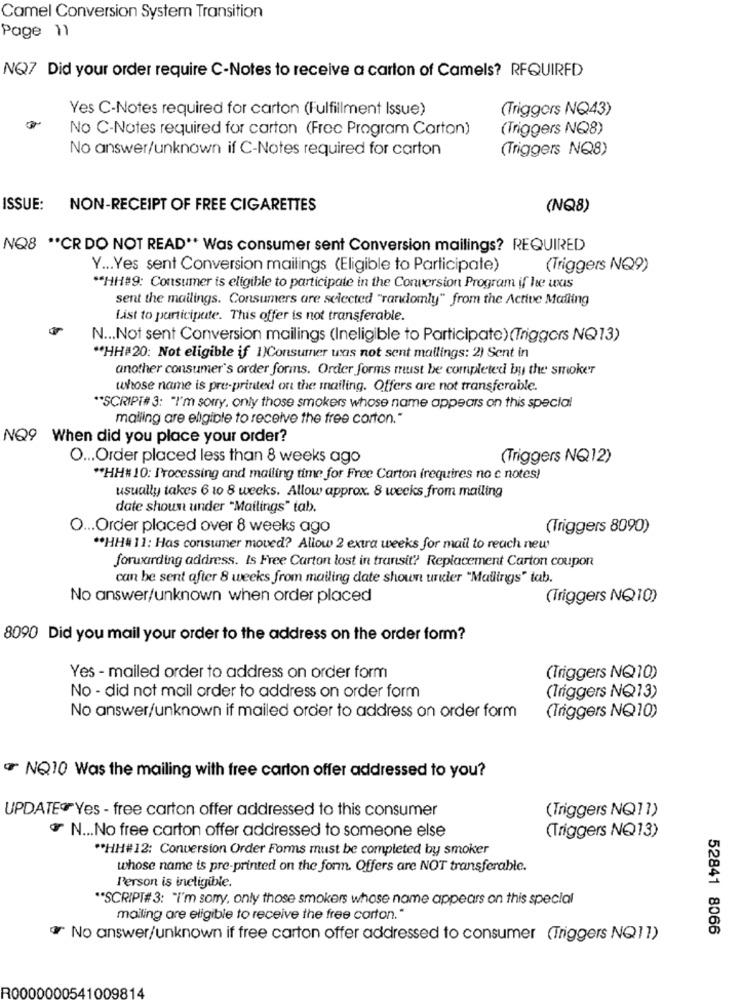
Camel Conversion System Transition
Page 11
NQ7 Did your order require C-Notes to receive a carton of Camels? REQUIRED
Yes C-Notes required for carton (Fulfillment Issue)
(Triggers NQ43)
No C-Notes required for carton (Frec Program Carton)
(Triggers NQ8)
No answer/unknown if C-Notes required for carton
(Triggers NQ8)
ISSUE:
NON-RECEIPT OF FREE CIGARETTES
(NQ8)
NQ8 ** CR DO NOT READ" Was consumer sent Conversion mailings? REQUIRED
Y ... Yes sent Conversion mailings (Eligible to Participate)
(Triggers NQ9)
** HH#9: Consumer is eligible to participate in the Conversion Program if he was
sent the mailings. Consumers are selected "randomly" from the Active Mailing
List to participate. This offer is not transferable.
N ... Not sent Conversion mailings (Ineligible to Participate) (Triggers NQ13)
"HH#20: Not eligible if 1)Consumer was not sent mailings: 2) Sent in
another consumer's order forms. Order forms must be completed by the smoker
whose name is pre-printed on the mailing. Offers are not transferable.
"SCRIPT# 3: "I'm sorry, only those smokers whose name appears on this special
maling are eligible to receive the free corton."
NQ9 When did you place your order?
O ... Order placed less than 8 weeks ago
(Triggers NQ12)
"HH# 10: Processing and mailing time for Free Carton (requires no c notes)
usually takes 6 10 8 weeks. Allow approx. 8 weeks from mailing
date shoun under "Mailings" tab.
O ... Order placed over 8 weeks ago
(Triggers 8090)
** HH# 11: Has consumer moved? Allow 2 extra weeks for mail to reach new
forwarding address. Is Free Carton lost in transit? Replacement Carton coupon
can be sent after 8 weeks from mailing date shown under "Mailings" tab.
No answer/unknown when order placed
(Triggers NQ10)
8090 Did you mail your order to the address on the order form?
Yes - mailed order to address on order form
(Triggers NQ10)
No - did not mail order to address on order form
(Triggers NQ13)
No answer/unknown if mailed order to address on order form
(Triggers NQ10)
NQ10 Was the mailing with free carton offer addressed to you?
UPDATE® Yes - free carton offer addressed to this consumer
(Triggers NQ11)
N ... No free carton offer addressed to someone else
(Triggers NQ13)
** HH#12: Conversion Order Forms must be completed by smoker
whose name is pre-printed on the form. Offers are NOT transferable.
Person is ineligible.
** SCRIPT# 3: "I'm sorry, only those smokers whose name appears on this special
mailing are eligible to receive the free carton."
52841 8066
ar No answer/unknown if free carton offer addressed to consumer (Triggers NQ11)
R0000000541009814